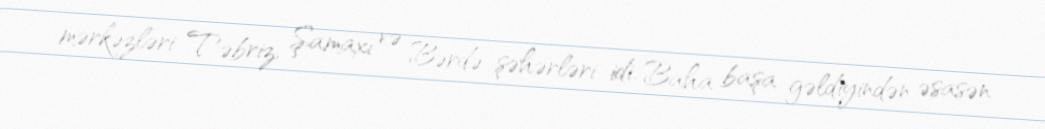
mərkəzləri Təbriz, Şamaxı və Bərdə şəhərləri idi. Baha başa gəldiyindən əsasən